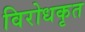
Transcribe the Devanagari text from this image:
विरोधकृत